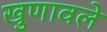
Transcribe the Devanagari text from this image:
खुणावले